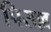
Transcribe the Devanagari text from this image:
पिसल्ल